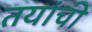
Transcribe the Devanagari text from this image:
तयांची